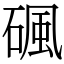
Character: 碸